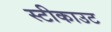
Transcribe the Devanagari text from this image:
स्टीकाउट